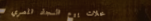
محلات بيع السجاد المصري ا